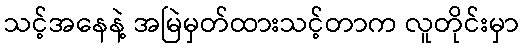
သင့်အနေနဲ့ အမြဲမှတ်ထားသင့်တာက လူတိုင်းမှာ